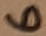
Text: 6